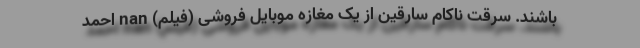
باشند. سرقت ناکام سارقین از یک مغازه موبایل فروشی (فیلم) nan احمد